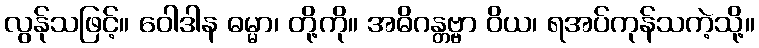
လွန်ုသဖြင့်။ ဝေါဒါန ဓမ္မာ၊ တို့ကို။ အဓိဂန္တဗ္ဗာ ဝိယ၊ ရအပ်ကုန်သကဲ့သို့။